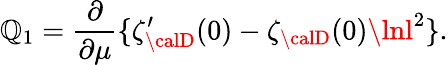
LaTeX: \mathbb{Q}_{1}=\frac{{\partial}}{{\partial\mu}}\{ \zeta_{\calD}^{\prime}(0)-\zeta_{\calD}(0)\lnl^{2}\} .